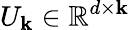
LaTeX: U_{\mathbf{k}}\in\mathbb{{R}}^{d\times\mathbf{k}}